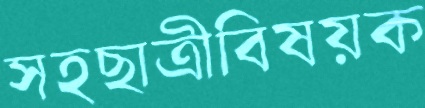
সহছাত্রীবিষয়ক